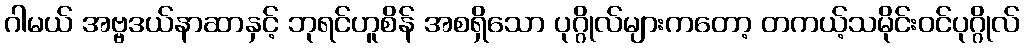
ဂါမယ် အဗ္ဗဒယ်နာဆာနှင့် ဘုရင်ဟူစိန် အစရှိသော ပုဂ္ဂိုလ်များကတော့ တကယ့်သမိုင်းဝင်ပုဂ္ဂိုလ်